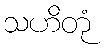
သဟိတုံ